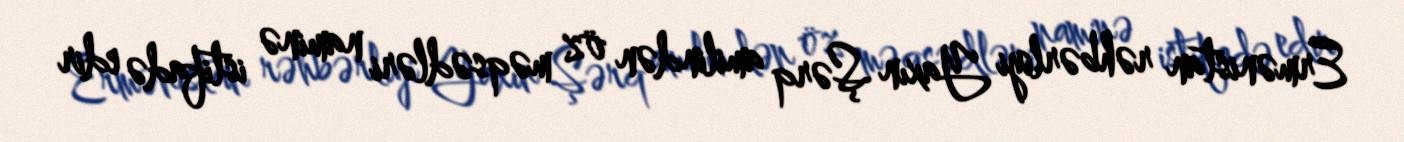
Ermənistan rəhbərliyi Yaxın Şərq amilindən öz məqsədləri naminə istifadə edir